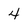
Character: 4